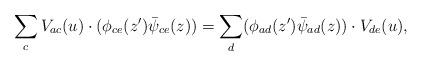
LaTeX: \begin{align*}\sum_{c} V_{ac}(u)\cdot (\phi _{ce}(z')\bar{\psi}_{ce}(z))=\sum_{d} (\phi _{ad}(z')\bar{\psi}_{ad}(z))\cdot V_{de}(u), \end{align*}